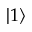
| 1 \rangle